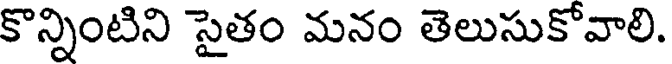
కొన్నింటిని సైతం మనం తెలుసుకోవాలి.